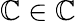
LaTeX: \mathbb{C}\in\mathbb{\mathbb{C}}